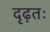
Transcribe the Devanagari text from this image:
दृढ़तः